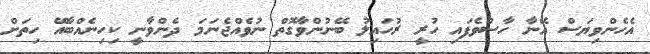
އެހެންވިޔަސް އޭނާ ހާސްވެފައި ހުރީ ރުހައިލު ބޭނުންވާގޮތް ނުވެއްޖެނަމަ ދެންވާނީ ކިހިނެއްބާއޭ ހިތަށް